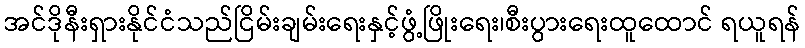
အင်ဒိုနီးရှားနိုင်ငံသည်ငြိမ်းချမ်းရေးနှင့်ဖွံ့ဖြိုးရေး၊စီးပွားရေးထူထောင် ရယူရန်